Report on plague and inoculation in the Punjab from October 1st ... to September 30th..., being the ... season of plague in the province
Disease focus: Plague
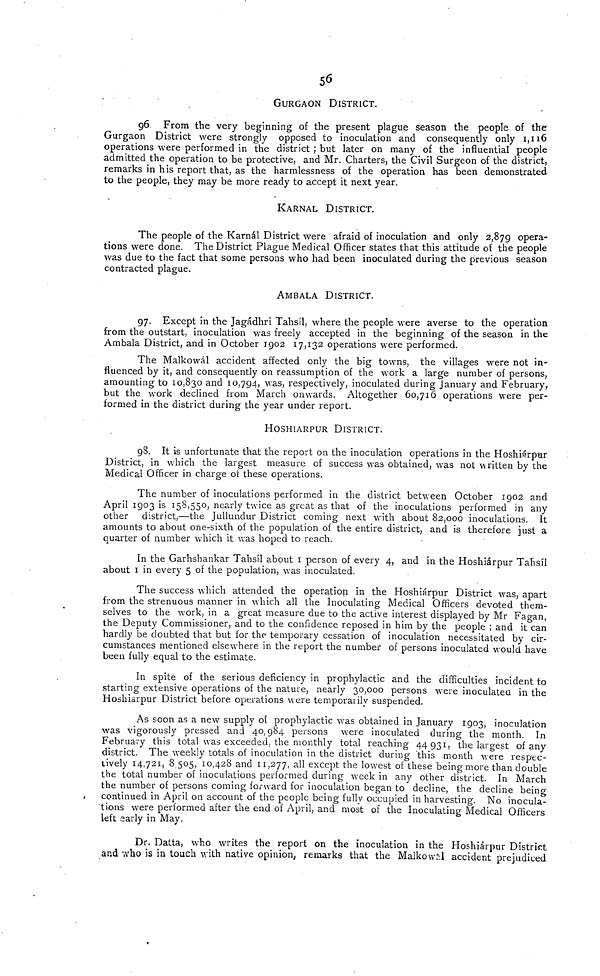
56
GURGAON DlSTRICT.
96. From the very beginning of the present plague season the people of the
Gurgaon District were strongly opposed to inoculation and consequently only 1,116
operations were performed in the district ; but later on many of the influential people
admitted the Operation to be protective, and Mr. Charters, the Civil Surgeon of the district,
remarks in his report that, as the harmlessness of the Operation has been demonstrated
to the people, they may be more ready to accept it next year.
KARNAL DISTRICT.
The people of the Karnál District were afraid of inoculation and only 2,87g opera-
tions were done. The District Plague Medical Officer states that this attitude of the people
was due to the fact that some persons who had been inoculated during the previous season
contracted plague.
AMBALA DISTRICT.
97. Except in the Jagadhri Tahsd, where the people were averse to the Operation
from the outstart, inoculation was freely accepted in the beginning of the season in the
Ambala District, and in October 1902 17,132 operations were performed.
The Malkowál accident affected only the big towns, the villages were not in-
fluenced by it, and consequently on reassumption of the work a large number of persons,
amounting to 10,830 and 10,794, was, respectively, inoculated during January and February r
but the work declined from March onwards. Altogether 60,716 operations were per-
formed in the district during the year under report.
HOSHIARPUR DISTRICT.
98. It is unfortunate that the report on the inoculation operations in the Hoshifirpar
District, in which the largest measure of success was obtained, was not written by the
Medical Officer in charge of these operations.
The number of inoculations performed in the district between October 1902 and
April 1903 is 158,550, nearly twice as great as that of the inoculations performed in any
other district,—the Jullundur District Coming next with about 82,000 inoculations. It
amounts to about one-sixth of the populalion of the entire district, and is therefore just a
quarter of number which it was hoped to reach.
In the Garhshankar Tahsil about 1 person of every 4, and in the Hoshiarpur Talisil
about 1 in every 5 of the population, was inoculated.
The success which attended the Operation in the Hoshiarpur District was, apart
from the strenuous manner in which all the Inoculating Medical Officers devoted them-
selves to the work, in a great measure due to the active interest displayed by Mr Fagan,
the Deputy Commissioner, and to the confidence reposed in him by the people ; and it can
hardly be doubted that but for the temporary cessation of inoculation necessitated by cir-
cumstances mentioned elsewhere in the report the number of persons inoculated wouldl have
been fully equal to the estimate.
In spite of the serious deficiency in prophylactic and the difficulties incident to
starting extensive operations of the nature, nearly 30,000 persons were inoculated in the
Hoshiarpur District before operations were temporaiily suspended.
As soon as a new supply of prophylactic was obtained in January 1903, inoculation
was vigorously pressed and 40,984 persons were inoculated during the month. In
February this total was exceeded, the monthly total reaching 44931, the largest of any
district. The weekly totals of inoculation in the district during this month were respec-
tively 14.721, 8,505, 10,428 and 11,277, all except the lowest of these beingmore than double
the total number of inoculations performed during week in any other district. In March
the number of persons Coming for ward for inoculation began to decline, the decline being
continued in April 011 account of the people being fully occupied in harvesting. No inocula-
tions were performed after the end of April, and most of the Inoculating Medical Officers
left early in May.
Dr. Datta, who writes the report on the inoculation in the Hoshiarpur District
and who is in touch with native opinion, remarks that the Malkowal accident prejudiced